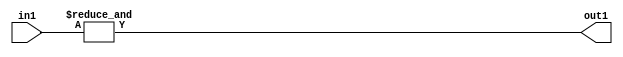
`timescale 1ps / 1ps
/*****************************************************************************
    Verilog RTL Description
    
    
    Created by: Stratus DpOpt 21.05.01 
*******************************************************************************/

module dut_Equal_1U_80_1 (
	in1,
	out1
	); /* architecture "behavioural" */ 
input [5:0] in1;
output  out1;
wire  asc001;

assign asc001 = 
	(&in1);

assign out1 = asc001;
endmodule

/* CADENCE  urTyQwg= : u9/ySxbfrwZIxEzHVQQV8Q== ** DO NOT EDIT THIS LINE ******/